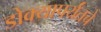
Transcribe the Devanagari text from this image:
डोक्यापर्यंतचे